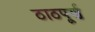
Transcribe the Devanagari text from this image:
ठाठपूर्ण